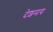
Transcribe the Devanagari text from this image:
देशमय